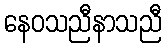
နေဝသညီနာသညီ